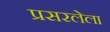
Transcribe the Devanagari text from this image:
प्रसरलेला